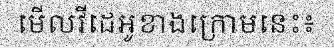
មើលវីដេអូខាងក្រោមនេះ៖